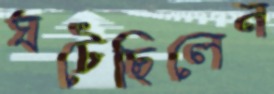
ঘটেছিলেন